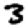
Digit: 3